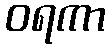
ဝရကာ